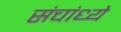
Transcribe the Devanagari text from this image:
संचांध्ये